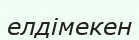
елдімекен